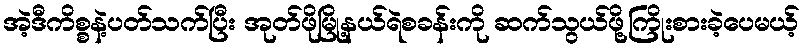
အဲ့ဒီကိစ္စနဲ့ပတ်သက်ပြီး အုတ်ဖိုမြို့နယ်ရဲစခန်းကို ဆက်သွယ်ဖို့ကြိုးစားခဲ့ပေမယ့်